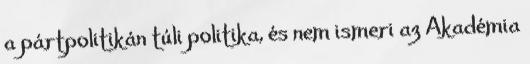
a pártpolitikán túli politika, és nem ismeri az Akadémia